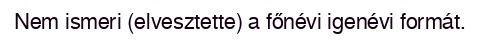
Nem ismeri (elvesztette) a főnévi igenévi formát.